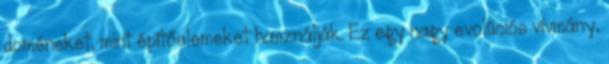
doméneket, mint építőelemeket használják. Ez egy nagy evolúciós vívmány,